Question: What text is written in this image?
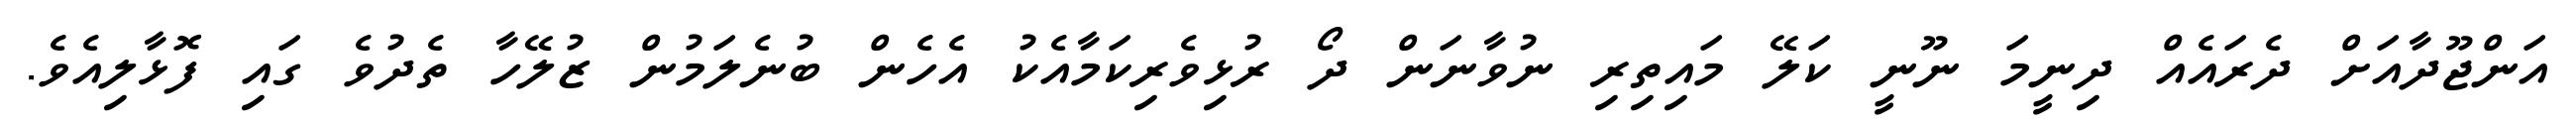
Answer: އަންޖޫދާއަށް ދެރައެއް ދިނީމަ ނޫނީ ކަލޭ މައިތިރި ނުވާނަން ދޯ ރުޅިވެރިކަމާއެކު އެހެން ބުނެލަމުން ޒުލޭހާ ތެދުވެ ގައި ފޮޅާލިއެވެ.